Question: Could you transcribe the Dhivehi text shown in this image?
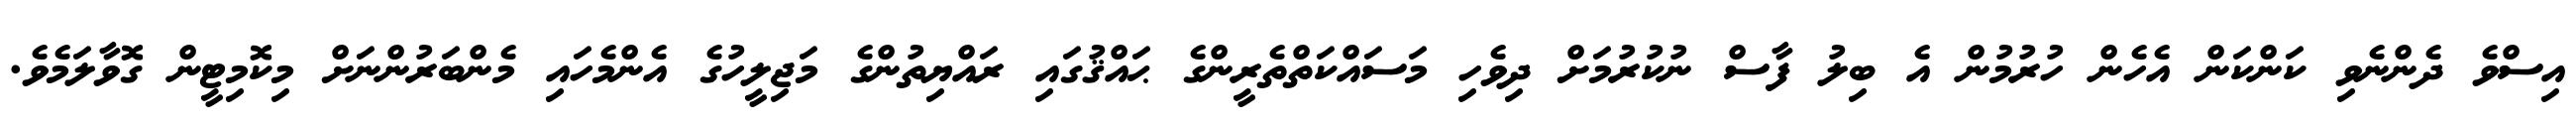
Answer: އިސްވެ ދެންނެވި ކަންކަން އެހެން ހުރުމުން އެ ބިލު ފާސް ނުކުރުމަށް ދިވެހި މަސައްކަތްތެރީންގެ ޙައްޤުގައި ރައްޔިތުންގެ މަޖިލީހުގެ އެންމެހައި މެންބަރުންނަށް މިކޮމިޓީން ގޮވާލަމެވެ.